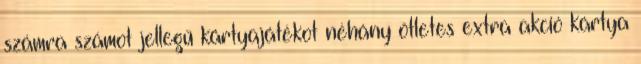
számra számot jellegű kártyajátékot néhány ötletes extra akció kártya